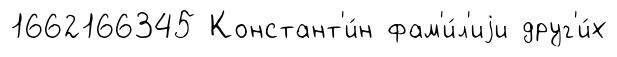
1662166345 Констант'и́н фам'и́л'иjи друг'и́х